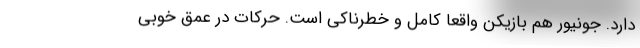
دارد. جونیور هم بازیکن واقعا کامل و خطرناکی است. حرکات در عمق خوبی